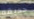
حديقه